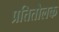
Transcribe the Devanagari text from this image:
प्रतितोलक